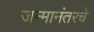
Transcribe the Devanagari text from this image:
जन्मानंतरचे